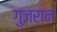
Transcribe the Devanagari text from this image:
गुजरान